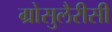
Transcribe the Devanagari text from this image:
ग्रोसुलैरीसी